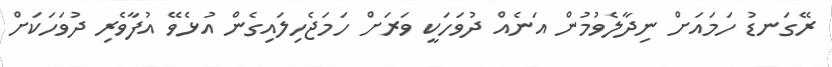
ރޭގަނޑު ހަމައަށް ނިދާލެވުމުން އަނެއް ދުވަހަކީ ވަރަށް ހަމަޖެހިލައިގެން އުޅެވޭ އުފާވެރި ދުވަހަކަށް